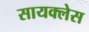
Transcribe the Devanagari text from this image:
सायक्लेस